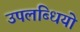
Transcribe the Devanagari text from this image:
उपलब्धियो